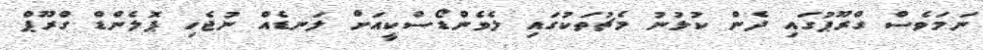
ނަމަވެސް ގްރޫޕުގައި ދެން ކުޅުނު މެޗުތަކުގައި ލެވެންޑޯސްކީއަށް ލަނޑެއް ނުޖެހި ޕޮލެންޑް ގްރޫޕް